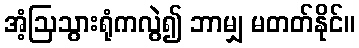
အံ့ဩသွားရုံကလွဲ၍ ဘာမျှ မတတ်နိုင်။